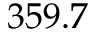
3 5 9 . 7